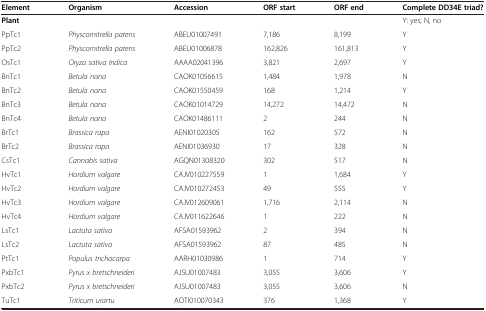
<table><thead><tr><td><b>Element</b></td><td><b>Organism</b></td><td><b>Accession</b></td><td><b>ORF start</b></td><td><b>ORF end</b></td><td><b>Complete DD34E triad?</b></td></tr></thead><tbody><tr><td><b>Plant</b></td><td> </td><td> </td><td> </td><td> </td><td>Y: yes; N, no</td></tr><tr><td>PpTc1</td><td><i>Physcomitrella patens</i></td><td>ABEU01007491</td><td>7,186</td><td>8,199</td><td>Y</td></tr><tr><td>PpTc2</td><td><i>Physcomitrella patens</i></td><td>ABEU01006878</td><td>162,826</td><td>161,813</td><td>Y</td></tr><tr><td>OsTc1</td><td><i>Oryza sativa Indica</i></td><td>AAAA02041396</td><td>3,821</td><td>2,697</td><td>Y</td></tr><tr><td>BnTc1</td><td><i>Betula nana</i></td><td>CAOK01056615</td><td>1,484</td><td>1,978</td><td>N</td></tr><tr><td>BnTc2</td><td><i>Betula nana</i></td><td>CAOK01550459</td><td>168</td><td>1,214</td><td>Y</td></tr><tr><td>BnTc3</td><td><i>Betula nana</i></td><td>CAOK01014729</td><td>14,272</td><td>14,472</td><td>N</td></tr><tr><td>BnTc4</td><td><i>Betula nana</i></td><td>CAOK01486111</td><td>2</td><td>244</td><td>N</td></tr><tr><td>BrTc1</td><td><i>Brassica rapa</i></td><td>AENI01020305</td><td>162</td><td>572</td><td>N</td></tr><tr><td>BrTc2</td><td><i>Brassica rapa</i></td><td>AENI01036930</td><td>17</td><td>328</td><td>N</td></tr><tr><td>CsTc1</td><td><i>Cannabis sativa</i></td><td>AGQN01308320</td><td>302</td><td>517</td><td>N</td></tr><tr><td>HvTc1</td><td><i>Hordium valgare</i></td><td>CAJV010227559</td><td>1</td><td>1,684</td><td>Y</td></tr><tr><td>HvTc2</td><td><i>Hordium valgare</i></td><td>CAJV010272453</td><td>49</td><td>555</td><td>Y</td></tr><tr><td>HvTc3</td><td><i>Hordium valgare</i></td><td>CAJV012609061</td><td>1,716</td><td>2,114</td><td>N</td></tr><tr><td>HvTc4</td><td><i>Hordium valgare</i></td><td>CAJV011622646</td><td>1</td><td>222</td><td>N</td></tr><tr><td>LsTc1</td><td><i>Lactuta sativa</i></td><td>AFSA01593962</td><td>2</td><td>394</td><td>N</td></tr><tr><td>LsTc2</td><td><i>Lactuta sativa</i></td><td>AFSA01593962</td><td>87</td><td>485</td><td>N</td></tr><tr><td>PtTc1</td><td><i>Populus trichocarpa</i></td><td>AARH01030986</td><td>1</td><td>714</td><td>Y</td></tr><tr><td>PxbTc1</td><td><i>Pyrus x bretschneideri</i></td><td>AJSU01007483</td><td>3,055</td><td>3,606</td><td>Y</td></tr><tr><td>PxbTc2</td><td><i>Pyrus x bretschneideri</i></td><td>AJSU01007483</td><td>3,055</td><td>3,606</td><td>N</td></tr><tr><td>TuTc1</td><td><i>Triticum urartu</i></td><td>AOTI010070343</td><td>376</td><td>1,368</td><td>Y</td></tr></tbody></table>